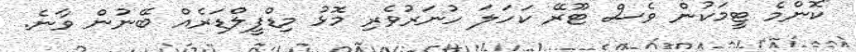
"ކޮންމެ ޓީމަކުން ވެސް ޓޫރޭ ކަހަލަ ހުނަރުވެރި މޮޅު މިޑްފީލްޑަރެއް ބޭނުން ވާނެ.